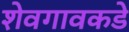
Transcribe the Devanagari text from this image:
शेवगावकडे